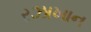
રઝાખાન